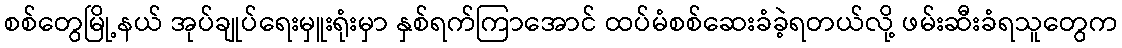
စစ်တွေမြို့နယ် အုပ်ချုပ်ရေးမှူးရုံးမှာ နှစ်ရက်ကြာအောင် ထပ်မံစစ်ဆေးခံခဲ့ရတယ်လို့ ဖမ်းဆီးခံရသူတွေက